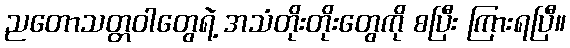
ညတောသတ္တဝါတွေရဲ့ အသံတိုးတိုးတွေကို စပြီး ကြားရပြီ။